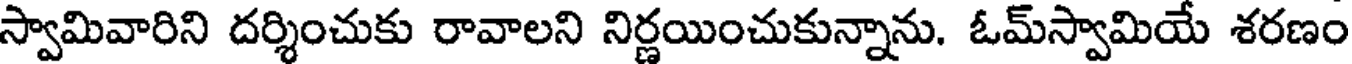
స్వామివారిని దర్శించుకు రావాలని నిర్ణయించుకున్నాను. ఓమ్స్వామియే శరణం